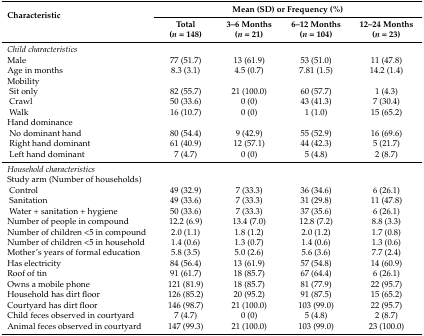
<table><thead><tr><td rowspan="2"><b>Characteristic</b></td><td colspan="4"><b>Mean (SD) or Frequency (%)</b></td></tr><tr><td><b>Total (<i>n</i> = 148)</b></td><td><b>3–6 Months (<i>n</i> = 21)</b></td><td><b>6–12 Months (<i>n</i> = 104)</b></td><td><b>12–24 Months (<i>n</i> = 23)</b></td></tr></thead><tbody><tr><td><i>Child characteristics</i></td><td></td><td></td><td></td><td></td></tr><tr><td>Male</td><td>77 (51.7)</td><td>13 (61.9)</td><td>53 (51.0)</td><td>11 (47.8)</td></tr><tr><td>Age in months</td><td>8.3 (3.1)</td><td>4.5 (0.7)</td><td>7.81 (1.5)</td><td>14.2 (1.4)</td></tr><tr><td>Mobility</td><td></td><td></td><td></td><td></td></tr><tr><td> Sit only</td><td>82 (55.7)</td><td>21 (100.0)</td><td>60 (57.7)</td><td>1 (4.3)</td></tr><tr><td> Crawl</td><td>50 (33.6)</td><td>0 (0)</td><td>43 (41.3)</td><td>7 (30.4)</td></tr><tr><td> Walk</td><td>16 (10.7)</td><td>0 (0)</td><td>1 (1.0)</td><td>15 (65.2)</td></tr><tr><td>Hand dominance</td><td></td><td></td><td></td><td></td></tr><tr><td> No dominant hand</td><td>80 (54.4)</td><td>9 (42.9)</td><td>55 (52.9)</td><td>16 (69.6)</td></tr><tr><td> Right hand dominant</td><td>61 (40.9)</td><td>12 (57.1)</td><td>44 (42.3)</td><td>5 (21.7)</td></tr><tr><td> Left hand dominant</td><td>7 (4.7)</td><td>0 (0)</td><td>5 (4.8)</td><td>2 (8.7)</td></tr><tr><td><i>Household characteristics</i></td><td></td><td></td><td></td><td></td></tr><tr><td>Study arm (Number of households)</td><td></td><td></td><td></td><td></td></tr><tr><td> Control</td><td>49 (32.9)</td><td>7 (33.3)</td><td>36 (34.6)</td><td>6 (26.1)</td></tr><tr><td> Sanitation</td><td>49 (33.6)</td><td>7 (33.3)</td><td>31 (29.8)</td><td>11 (47.8)</td></tr><tr><td> Water + sanitation + hygiene</td><td>50 (33.6)</td><td>7 (33.3)</td><td>37 (35.6)</td><td>6 (26.1)</td></tr><tr><td>Number of people in compound</td><td>12.2 (6.9)</td><td>13.4 (7.0)</td><td>12.8 (7.2)</td><td>8.8 (3.3)</td></tr><tr><td>Number of children &lt;5 in compound</td><td>2.0 (1.1)</td><td>1.8 (1.2)</td><td>2.0 (1.2)</td><td>1.7 (0.8)</td></tr><tr><td>Number of children &lt;5 in household</td><td>1.4 (0.6)</td><td>1.3 (0.7)</td><td>1.4 (0.6)</td><td>1.3 (0.6)</td></tr><tr><td>Mother’s years of formal education</td><td>5.8 (3.5)</td><td>5.0 (2.6)</td><td>5.6 (3.6)</td><td>7.7 (2.4)</td></tr><tr><td>Has electricity</td><td>84 (56.4)</td><td>13 (61.9)</td><td>57 (54.8)</td><td>14 (60.9)</td></tr><tr><td>Roof of tin</td><td>91 (61.7)</td><td>18 (85.7)</td><td>67 (64.4)</td><td>6 (26.1)</td></tr><tr><td>Owns a mobile phone</td><td>121 (81.9)</td><td>18 (85.7)</td><td>81 (77.9)</td><td>22 (95.7)</td></tr><tr><td>Household has dirt floor</td><td>126 (85.2)</td><td>20 (95.2)</td><td>91 (87.5)</td><td>15 (65.2)</td></tr><tr><td>Courtyard has dirt floor</td><td>146 (98.7)</td><td>21 (100.0)</td><td>103 (99.0)</td><td>22 (95.7)</td></tr><tr><td>Child feces observed in courtyard</td><td>7 (4.7)</td><td>0 (0)</td><td>5 (4.8)</td><td>2 (8.7)</td></tr><tr><td>Animal feces observed in courtyard</td><td>147 (99.3)</td><td>21 (100.0)</td><td>103 (99.0)</td><td>23 (100.0)</td></tr></tbody></table>